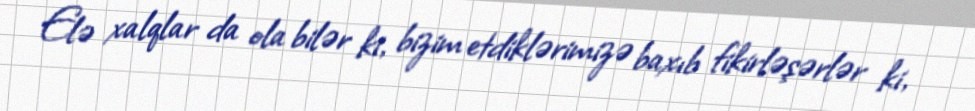
Elə xalqlar da ola bilər ki, bizim etdiklərimizə baxıb fikirləşərlər ki,